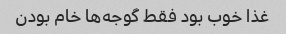
غذا خوب بود فقط گوجه‌ها خام بودن